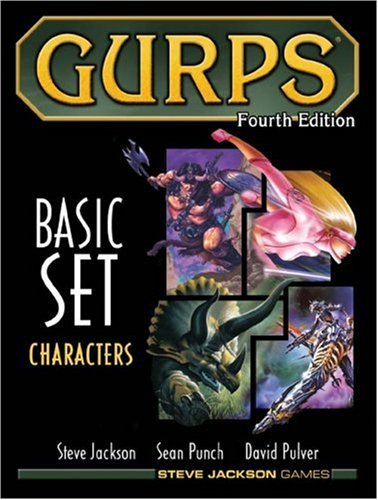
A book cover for GURPS Basic Set: Characters, Fourth Edition; Steve Jackson; Science Fiction & Fantasy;